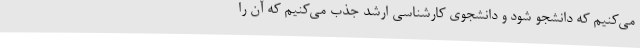
می‌کنیم که دانشجو شود و دانشجوی کارشناسی ارشد جذب می‌کنیم که آن را